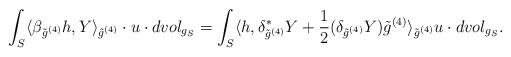
LaTeX: \begin{align*}\int_{S}\langle\beta_{\tilde g^{(4)}}h,Y\rangle_{\tilde g^{(4)}}\cdot u\cdot dvol_{g_S}=\int_{S}\langle h,\delta_{\tilde g^{(4)}}^*Y+\frac{1}{2}(\delta_{\tilde g^{(4)}}Y)\tilde g^{(4)}\rangle_{\tilde g^{(4)}} u\cdot dvol_{g_S}.\end{align*}